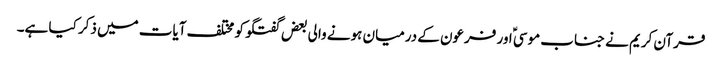
قرآن کریم نے جناب موسیؑ اور فرعون کے درمیان ہونے والی بعض گفتگو کو مختلف آیات میں ذکر کیا ہے۔